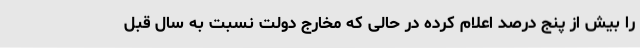
را بیش از پنج درصد اعلام کرده در حالی که مخارج دولت نسبت به سال قبل